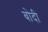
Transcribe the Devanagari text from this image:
बोदी